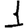
Digit: 1